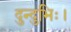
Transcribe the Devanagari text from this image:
दुन्दुभिः।